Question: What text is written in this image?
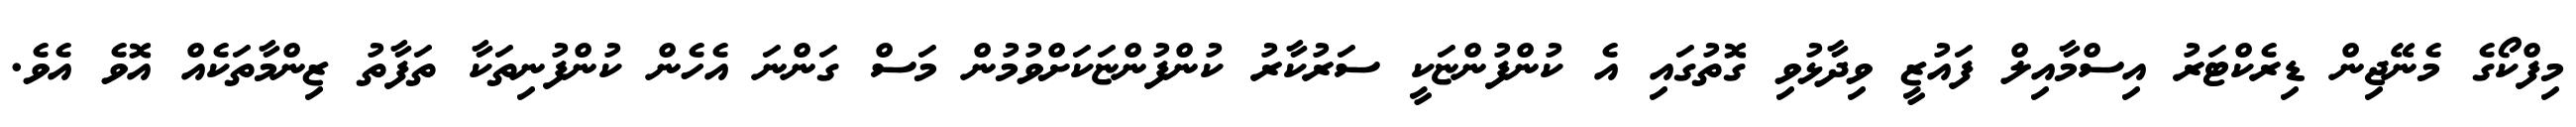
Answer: މިފްކޯގެ މެނޭޖިން ޑިރެކްޓަރު އިސްމާއިލް ފައުޒީ ވިދާޅުވި ގޮތުގައި އެ ކުންފުންޏަކީ ސަރުކާރު ކުންފުންޏަކަށްވުމުން މަސް ގަންނަ އެހެން ކުންފުނިތަކާ ތަފާތު ޒިންމާތަކެއް އޮވެ އެވެ.